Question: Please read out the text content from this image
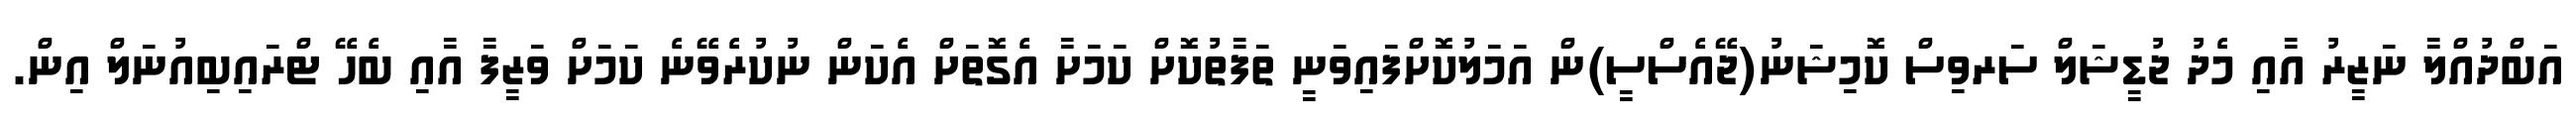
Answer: އަބްދުއްލާ ނަޒީރު އާއި މެދު ޖުޑީޝަލް ސަރވިސް ކޮމިޝަނު(ޖޭއެސްސީ)ން އަމަލުކޮށްފައިވަނީ ތަފާތުކޮށް ކަމަށާ އެގޮތަށް އެކަން ނުކުރެވޭނެ ކަމަށް ވަޒީފާ އާއި ބެހޭ ޓްރައިބިއުނަލް އިން.